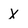
Character: x